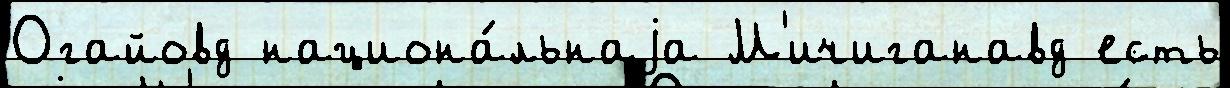
Огайовд национа́льнаjа М'ичиганавд есть